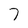
Character: 7